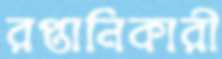
রপ্তানিকারী